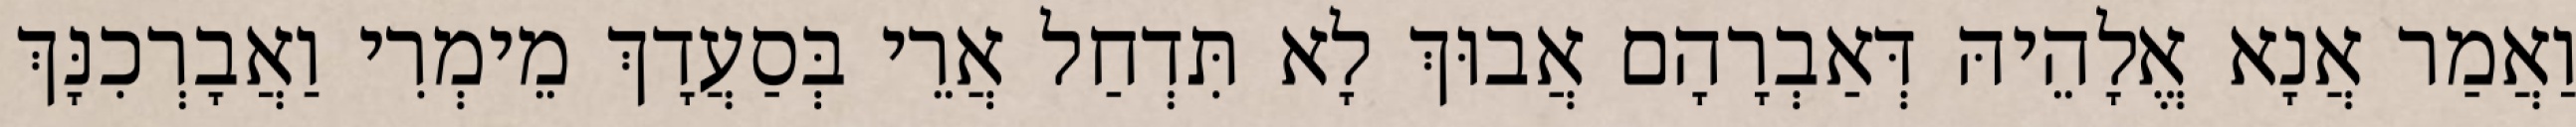
וַאֲמַר אֲנָא אֱלָהֵיהּ דְּאַבְרָהָם אֲבוּךְ לָא תִּדְחַל אֲרֵי בְּסַעֲדָךְ מֵימְרִי וַאֲבָרְכִנָּךְ